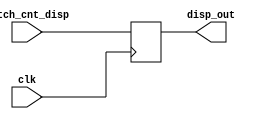
/**********************************************
smg_disp
yangsongtao
: 201611513:12:57
:
    

    Watch_cnt_disp
:
    disp_out

    1.0 


***********************************************/
module smg_disp (
    input[23:0] Watch_cnt_disp,
    input clk,
    output[23:0] disp_out
    );
    reg [23:0] out;
	always @ ( posedge clk) begin
		if(clk)
			out <= Watch_cnt_disp;
	end
	
	assign disp_out = out;
endmodule // smg_disp